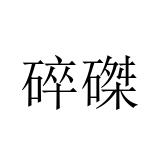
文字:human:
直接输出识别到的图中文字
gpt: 碎磔